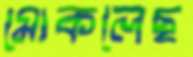
মোকলেছ